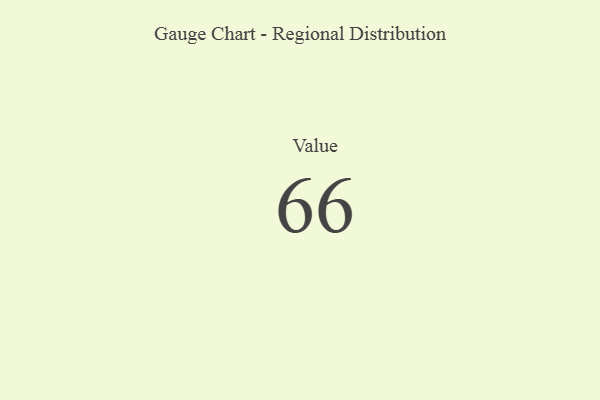
{"axis": {"x": "Metric", "y": "Value"}, "legend": [""], "data": [{"x": "Value", "y": 66, "type": ""}]}